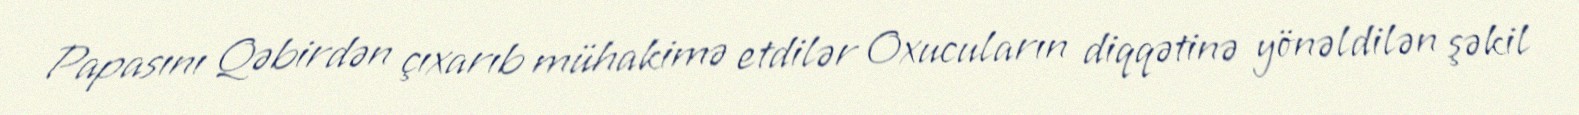
Papasını Qəbirdən çıxarıb mühakimə etdilər Oxucuların diqqətinə yönəldilən şəkil